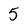
Character: 5